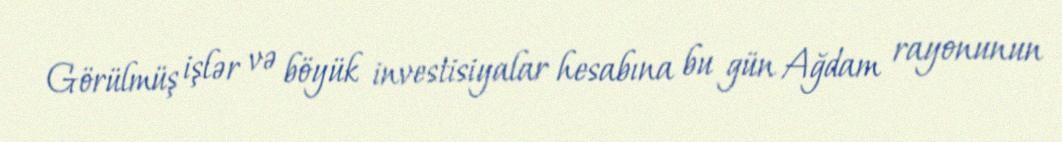
Görülmüş işlər və böyük investisiyalar hesabına bu gün Ağdam rayonunun